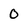
Character: 0